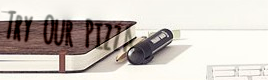
Try Our Pizza